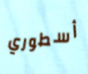
أسطوري